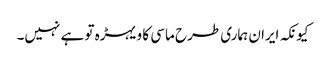
کیونکہ ایران ہماری طرح ماسی کا ویہڑہ تو ہے نہیں۔